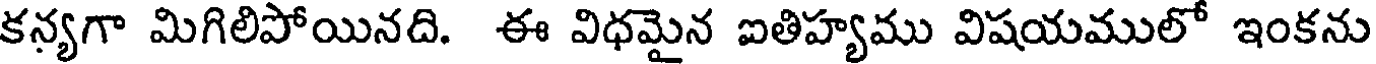
కన్యగా మిగిలిపోయినది. ఈ విధమైన ఐతిహ్యము విషయములో ఇంకను